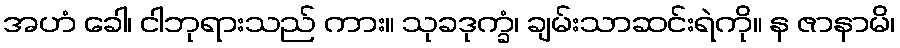
အဟံ ခေါ၊ ငါဘုရားသည် ကား။ သုခဒုက္ခံ၊ ချမ်းသာဆင်းရဲကို။ န ဇာနာမိ၊